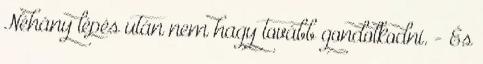
Néhány lépés után nem hagy tovább gondolkodni. - És